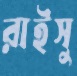
রাইসু